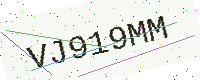
Text: VJ919MM